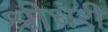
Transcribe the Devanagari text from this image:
श्रीधरी